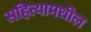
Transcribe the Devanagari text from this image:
सहित्यामधील